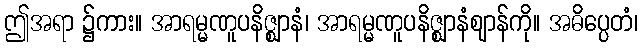
ဤအရာ ၌ကား။ အာရမ္မဏူပနိဇ္ဈာနံ၊ အာရမ္မဏူပနိဇ္ဈာနံဈာန်ကို။ အဓိပ္ပေတံ၊